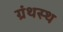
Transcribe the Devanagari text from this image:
ग्रंथस्थ